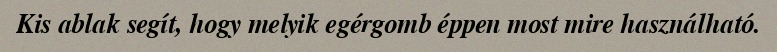
Kis ablak segít, hogy melyik egérgomb éppen most mire használható.